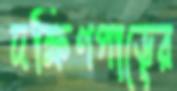
দক্ষিণপাড়ের